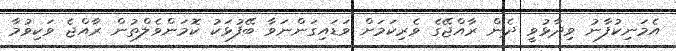
އެމަނިކުފާނު ވިދާޅުވީ ދެން ރާއްޖޭގެ ވެރިކަމަށް ވަޑައިގަންނަވާ ބޭފުޅަކު ކޮމަންވެލްތުން ރާއްޖެ ވަކިވުމާ